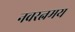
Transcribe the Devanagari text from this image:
नवरत्नमय